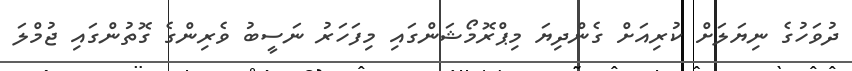
ދުވަހުގެ ނިޔަލަށް ކުރިއަށް ގެންދިޔަ މިޕްރޮމޯޝަންގައި މިފަހަރު ނަސީބު ވެރިންގެ ގޮތުންގައި ޖުމްލަ